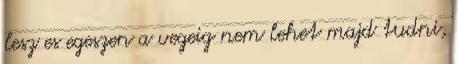
lesz es egeszen a vegeig nem lehet majd tudni,